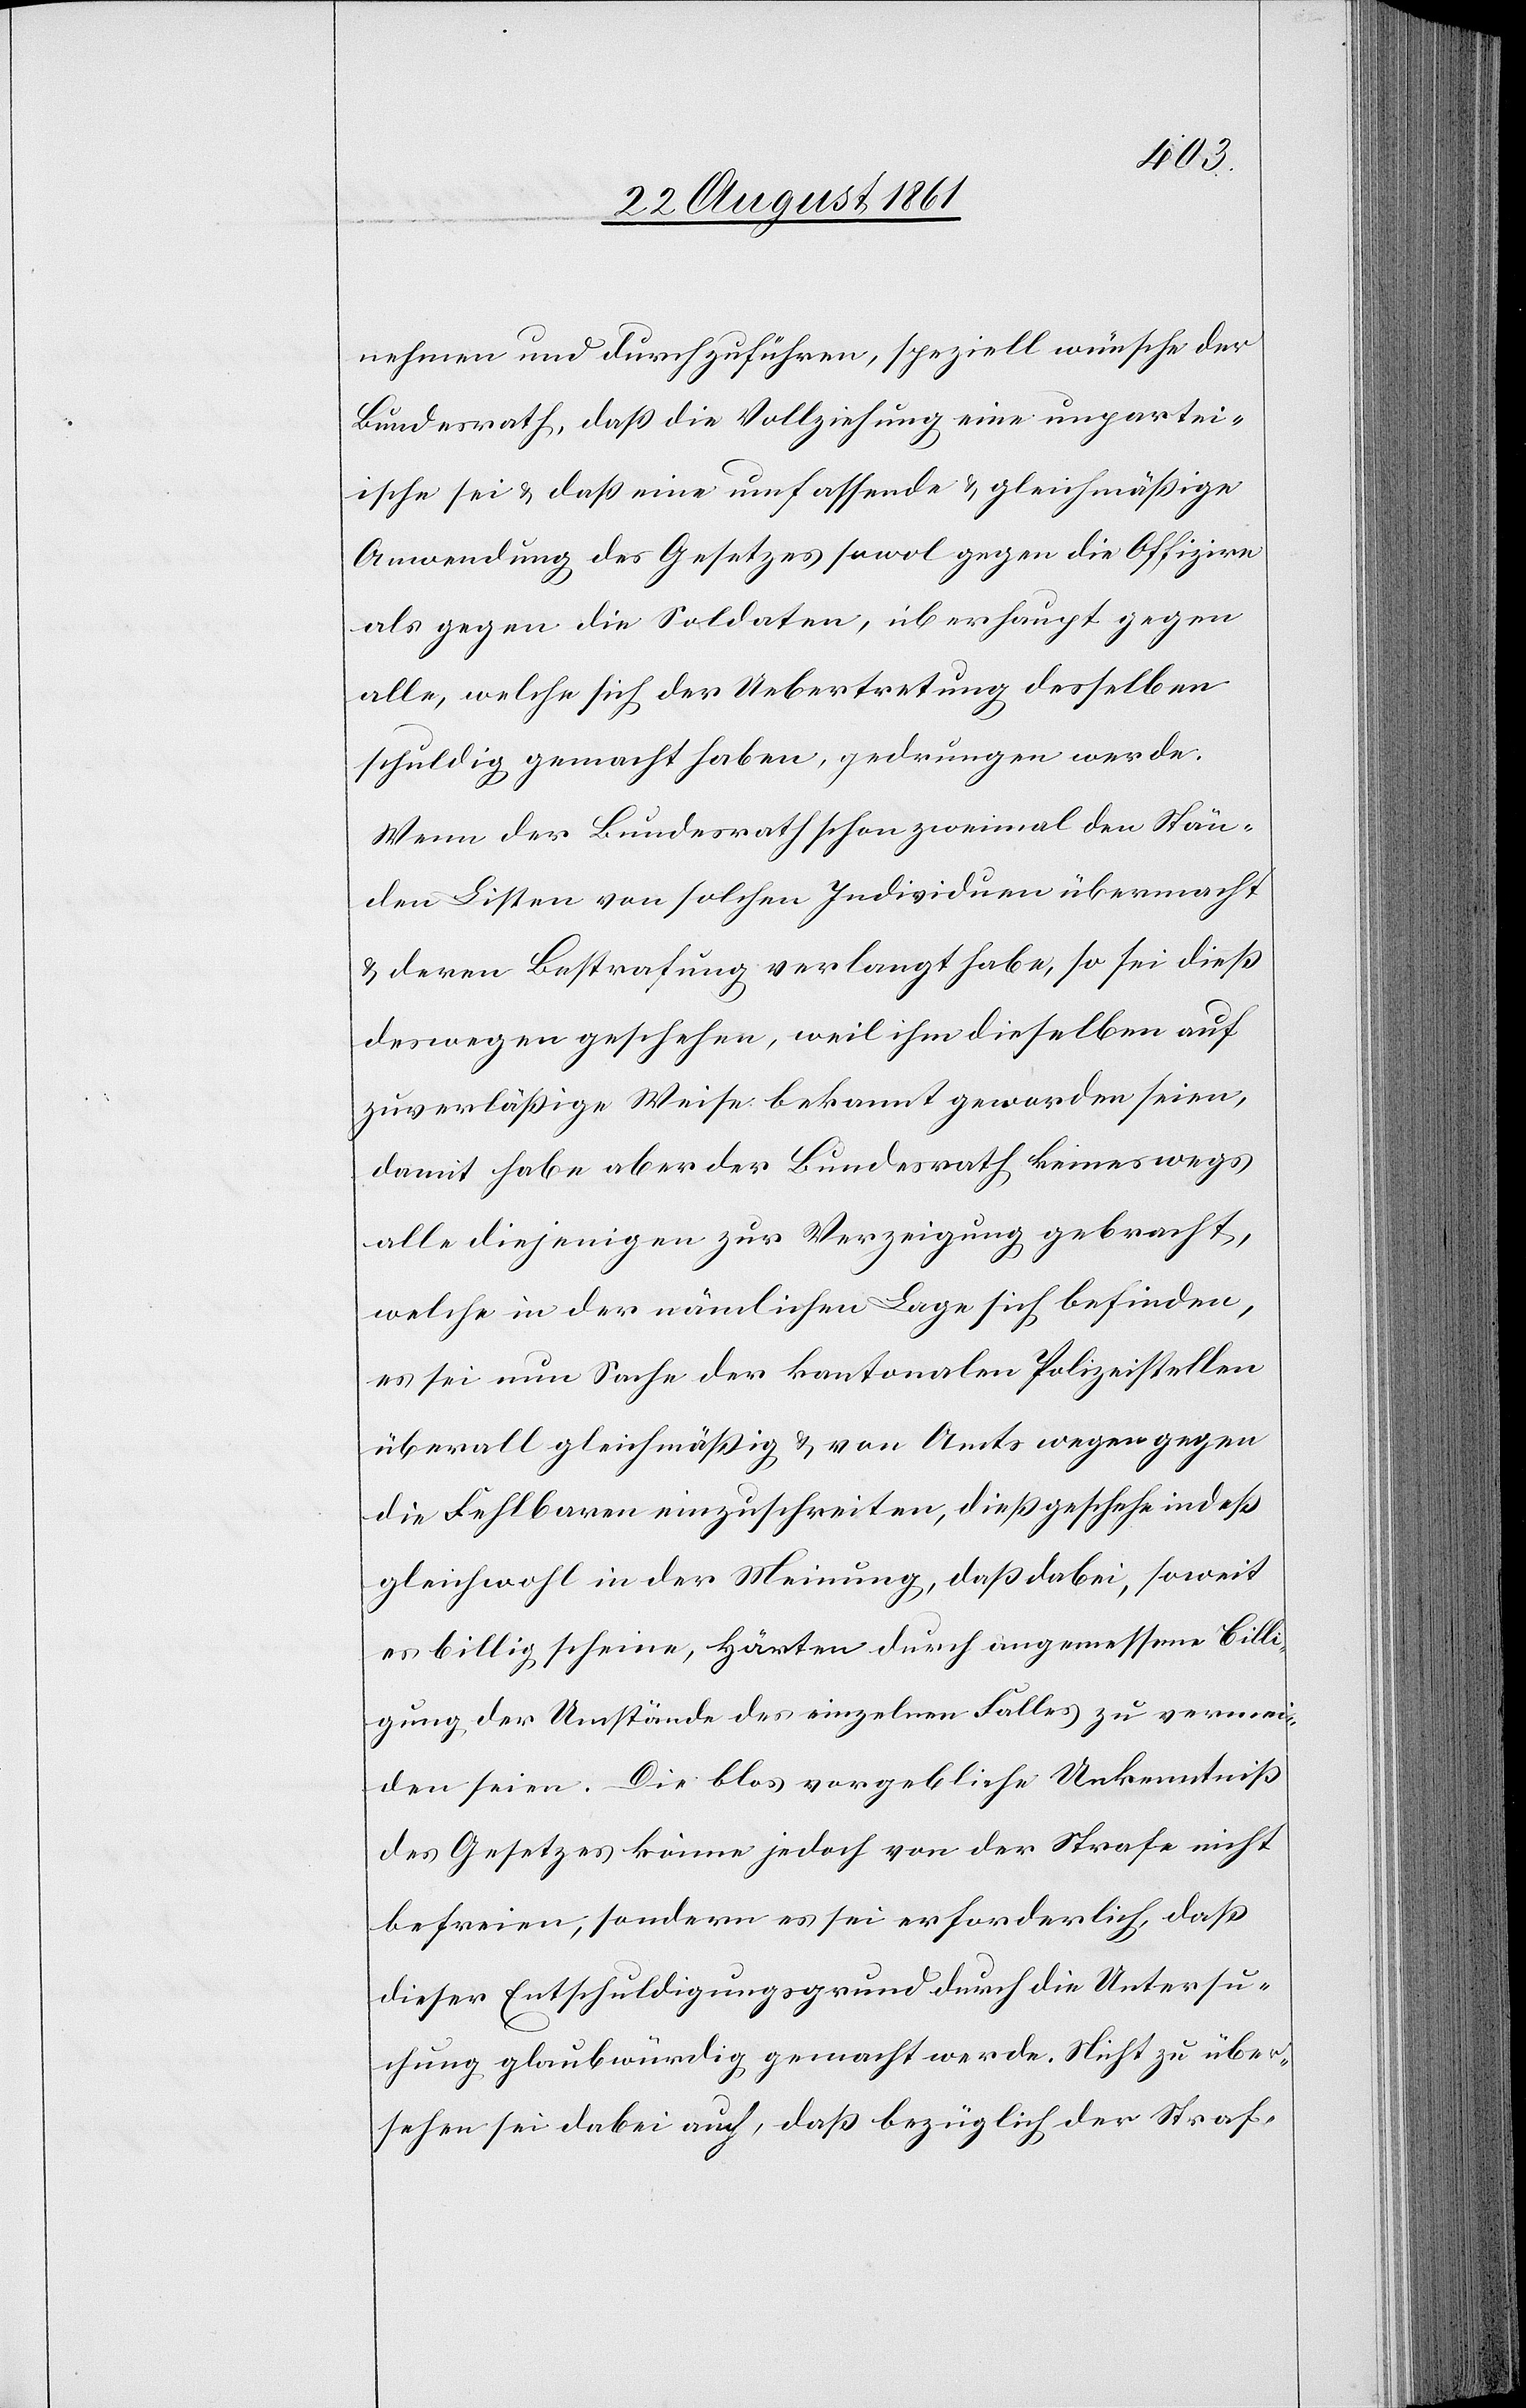
nehmen und durchzuführen, speziell wünsche der
Bundesrath, daß die Vollziehung eine unpartei¬
ische sei u. daß eine umfassende u. gleichmäßige
Anwendung des Gesetzes sowol gegen die Offiziere
als gegen die Soldaten, überhaupt gegen
alle, welche sich der Uebertretung desselben
schuldig gemacht haben, gedrungen werde.
Wenn der Bundesrath schon zweimal den Stän¬
den Listen von solchen Individuen übermacht
u. deren Bestrafung verlangt habe, so sei dieß
deswegen geschehen, weil ihm dieselben auf
zuverläßige Weise bekannt geworden seien,
damit habe aber der Bundesrath keineswegs
alle diejenigen zur Verzeigung gebracht,
welche in der nämlichen Lage sich befinden,
es sei nun Sache der kantonalen Polizeistellen
überall gleichmäßig u. von Amts wegen gegen
die Fehlbaren einzuschreiten, dieß geschehe indeß
gleichwohl in der Meinung, daß dabei, soweit
es billig scheine, Härten durch angemessene Billi¬
gung der Umstände des einzelnen Falles zu vermei¬
den seien. Die blos vorgebliche Unkenntniß
des Gesetzes könne jedoch von der Strafe nicht
befreien, sondern es sei erforderlich, daß
dieser Entschuldigungsgrund durch die Untersu¬
chung glaubwürdig gemacht werde. Nicht zu über¬
sehen sei dabei auch, daß bezüglich der Straf-